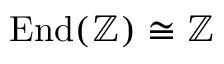
\operatorname { E n d } ( \mathbb { Z } ) \cong \mathbb { Z }